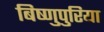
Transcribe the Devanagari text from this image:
बिष्णुपुरिया